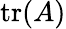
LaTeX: \operatorname{tr}(A)